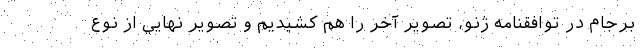
برجام در توافقنامه ژنو، تصوير آخر را هم كشيديم و تصوير نهايي از نوع